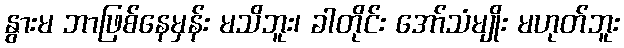
နွားမ ဘာဖြစ်နေမှန်း မသိဘူး၊ ခါတိုင်း အော်သံမျိုး မဟုတ်ဘူး